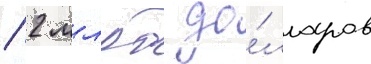
/ 2 млрд до́лларов